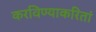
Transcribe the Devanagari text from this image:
करविण्याकरितां